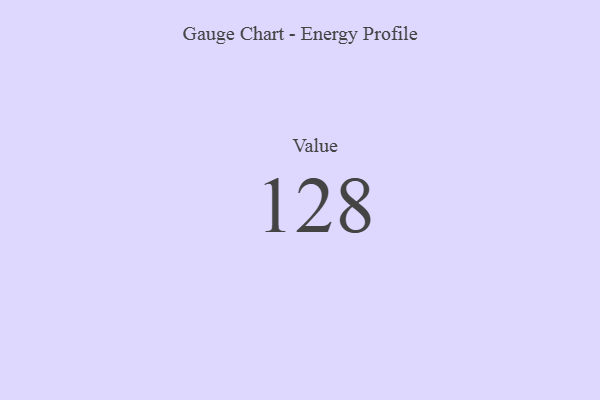
{"axis": {"x": "Metric", "y": "Value"}, "legend": [""], "data": [{"x": "Value", "y": 128, "type": ""}]}